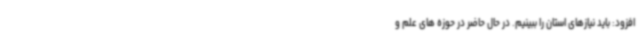
افزود: باید نیازهای استان را ببینیم. در حال حاضر در حوزه های علم و